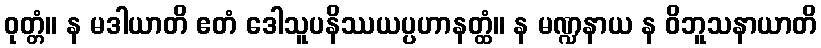
ဝုတ္တံ။ န မဒါယာတိ ဧတံ ဒေါသူပနိဿယပ္ပဟာနတ္ထံ။ န မဏ္ဍနာယ န ဝိဘူသနာယာတိ